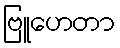
ဗြူဟေတာ